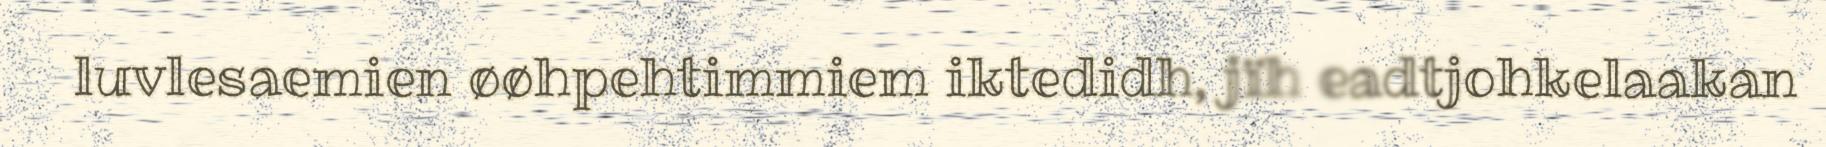
luvlesaemien øøhpehtimmiem iktedidh, jïh eadtjohkelaakan